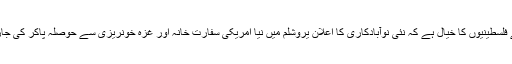
بہت سے فلسطینیوں کا خیال ہے کہ نئی نوآبادکاری کا اعلان یروشلم میں نیا امریکی سفارت خانہ اور غزہ خونریزی سے حوصلہ پاکر کی جارہی ہے۔